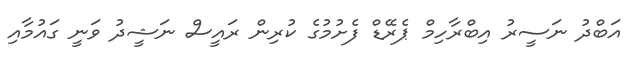
އަބްދު ނަސީރު އިބްރާހިމް ޕެރޭޑް ފެށުމުގެ ކުރިން ރައީސް ނަޝީދު ވަނީ ގައުމާއި